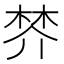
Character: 𣓴